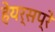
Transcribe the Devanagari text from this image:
हेयर्सप्रे